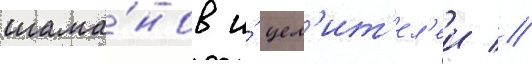
шама́нов и́ цел'ит'ел'еи //